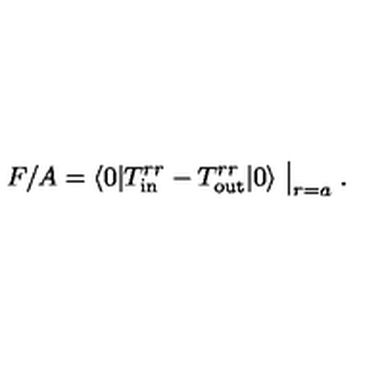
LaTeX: F / A = \langle 0 | T _ { \mathrm { i n } } ^ { r r } - T _ { \mathrm { o u t } } ^ { r r } | 0 \rangle \bigm | _ { r = a } .